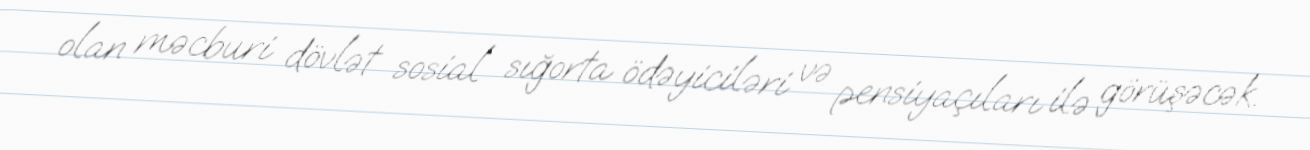
olan məcburi dövlət sosial sığorta ödəyiciləri və pensiyaçıları ilə görüşəcək.